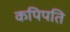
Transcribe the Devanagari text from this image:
कपिपति